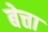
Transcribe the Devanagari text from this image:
बेत्ता